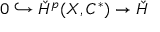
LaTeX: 0 \hookrightarrow \check { H } ^ { p } ( X , C ^ { * } ) \rightarrow \check { H }